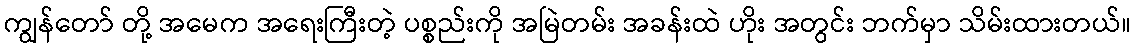
ကျွန်တော် တို့ အမေက အရေးကြီးတဲ့ ပစ္စည်းကို အမြဲတမ်း အခန်းထဲ ဟိုး အတွင်း ဘက်မှာ သိမ်းထားတယ်။